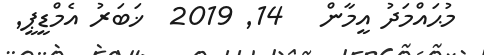
މުޙައްމަދު އީމާން   14